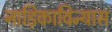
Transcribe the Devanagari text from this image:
नाड़िकाविन्यास